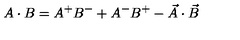
A \cdot B = A ^ { + } B ^ { - } + A ^ { - } B ^ { + } - \vec { A } \cdot \vec { B }